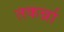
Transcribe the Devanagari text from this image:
तकर्न्ना